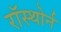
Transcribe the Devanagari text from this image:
रॉस्थोर्न